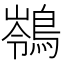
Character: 䳥